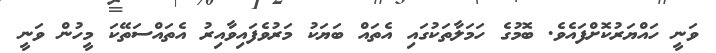
ވަނީ ހައްޔަރުކޮށްފައެވެ. ބޮމުގެ ހަމަލާތަކުގައި އެތައް ބަޔަކު މަރުވެފައިވާއިރު އެތައްސަތޭކަ މީހުން ވަނީ